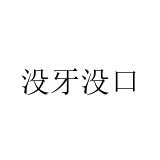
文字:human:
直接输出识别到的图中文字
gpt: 没牙没口